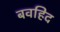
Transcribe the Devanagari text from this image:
बवहिद